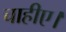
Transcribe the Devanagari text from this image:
चाहीए।